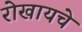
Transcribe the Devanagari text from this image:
रोखायचे